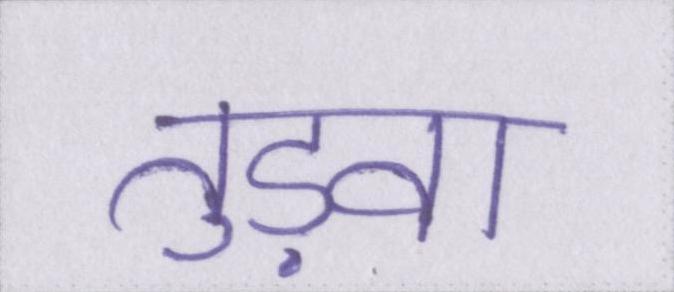
तुड़वा